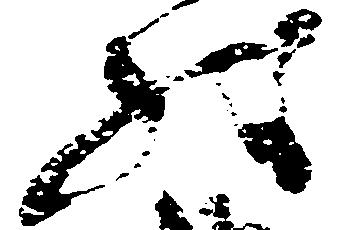
状